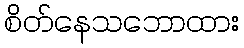
စိတ်နေသဘောထား